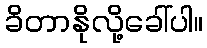
ခိတာနိုလို့ခေါ်ပါ။